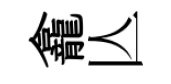
龕亾